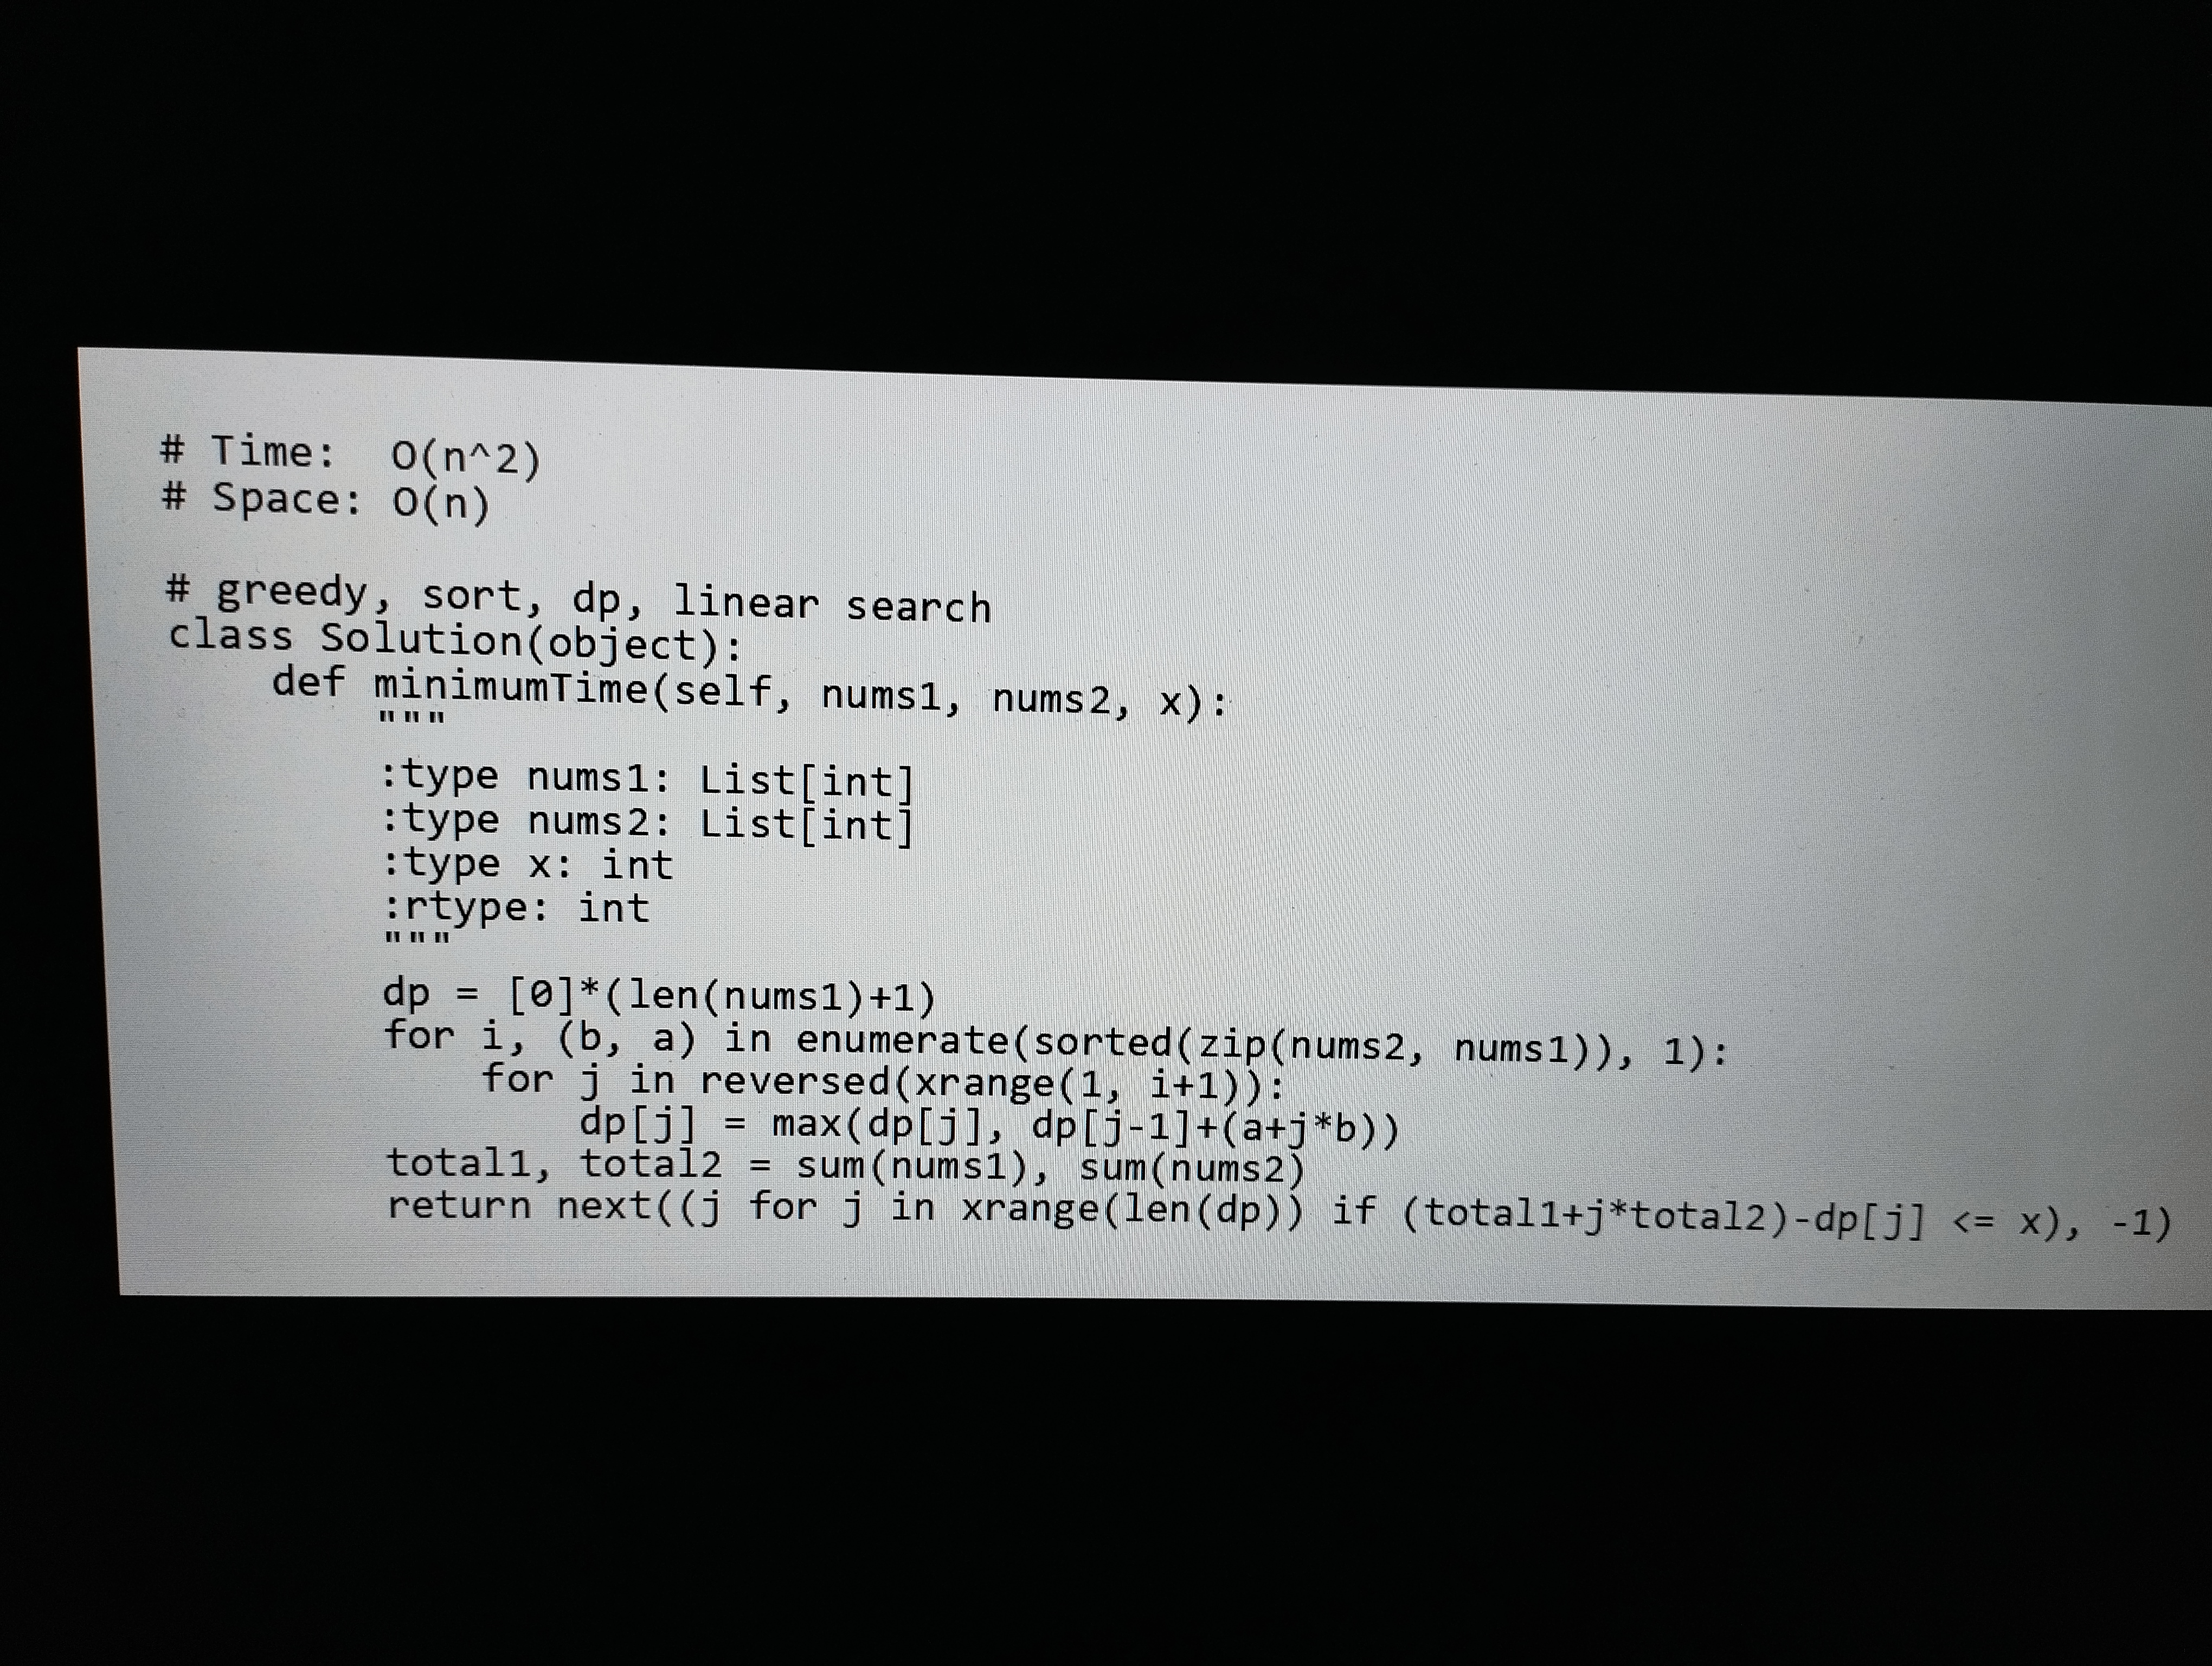
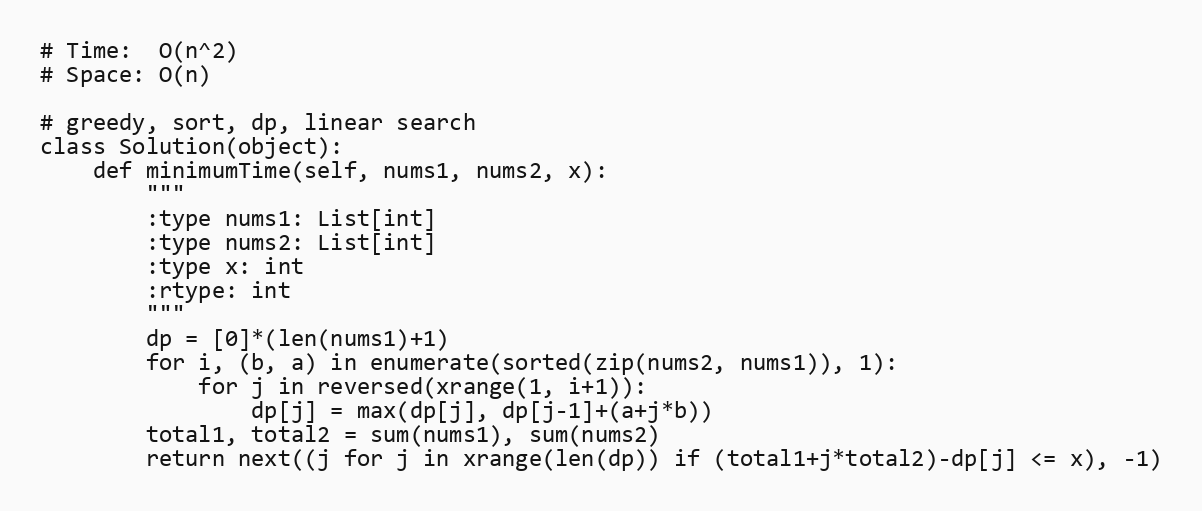
# Time:  O(n^2)
# Space: O(n)

# greedy, sort, dp, linear search
class Solution(object):
    def minimumTime(self, nums1, nums2, x):
        """
        :type nums1: List[int]
        :type nums2: List[int]
        :type x: int
        :rtype: int
        """
        dp = [0]*(len(nums1)+1)
        for i, (b, a) in enumerate(sorted(zip(nums2, nums1)), 1):
            for j in reversed(xrange(1, i+1)):
                dp[j] = max(dp[j], dp[j-1]+(a+j*b))
        total1, total2 = sum(nums1), sum(nums2)
        return next((j for j in xrange(len(dp)) if (total1+j*total2)-dp[j] <= x), -1)